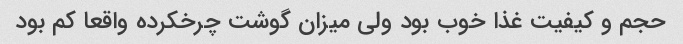
حجم و کیفیت غذا خوب بود ولی میزان گوشت چرخکرده واقعا کم بود